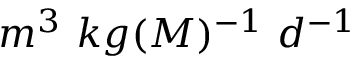
m ^ { 3 } \ k g ( M ) ^ { - 1 } \ d ^ { - 1 }